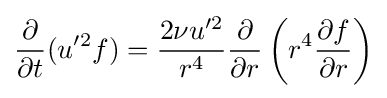
{\frac {\partial }{\partial t}}(u'^{2}f)={\frac {2\nu u'^{2}}{r^{4}}}{\frac {\partial }{\partial r}}\left(r^{4}{\frac {\partial f}{\partial r}}\right)